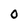
Character: 0